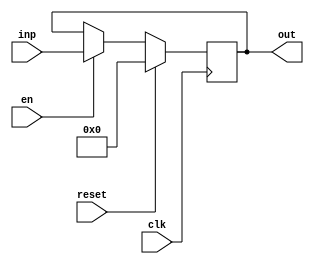
module registerNbits #(parameter N = 32) (clk, reset, en, inp, out);
	input clk, reset, en;
	output reg [N-1:0] out;
	input [N-1:0] inp;
	always @(posedge clk) begin
			if (reset) 
				out <= 'b0;
			else if(en)
				out <= inp;
	end
endmodule